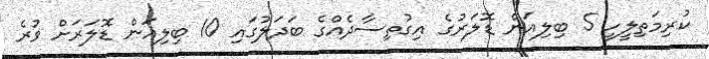
ކުރިމަތިލީހީ 5 ބިލިއަން ޑޮލަރުގެ އިގުތިސާދެއްގެ ބަދަލުގައި 10 ބިލިއަން ޑޮލަރަށް ވުރެ